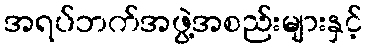
အရပ်ဘက်အဖွဲ့အစည်းများနှင့်